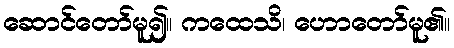
ဆောင်တော်မူ၍။ ကထေသိ၊ ဟောတော်မူ၏။